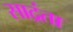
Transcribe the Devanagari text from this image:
साद्रंता